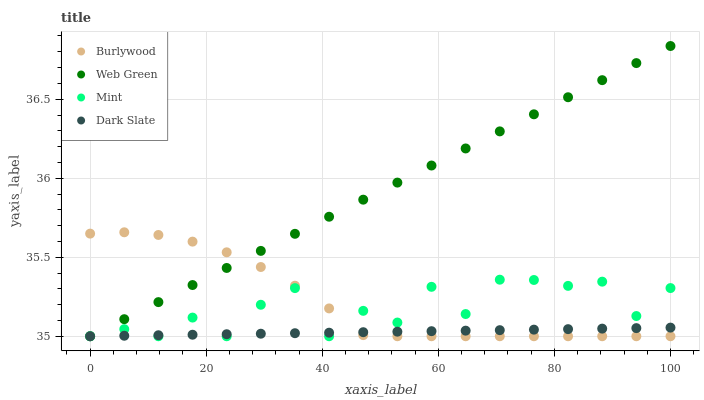
| xaxis_label | Burlywood | Web Green | Mint | Dark Slate |
 | --- | --- | --- | --- | --- |
 | 0 | 35.6 | 35 | 35 | 35 |
 | 5.88 | 35.7 | 35.1 | 35 | 35 |
 | 11.8 | 35.6 | 35.2 | 35 | 35 |
 | 17.6 | 35.6 | 35.3 | 35.1 | 35 |
 | 23.5 | 35.5 | 35.4 | 35 | 35 |
 | 29.4 | 35.4 | 35.5 | 35.2 | 35 |
 | 35.3 | 35.3 | 35.6 | 35.3 | 35 |
 | 41.2 | 35.2 | 35.8 | 35 | 35 |
 | 47.1 | 35 | 35.9 | 35.2 | 35 |
 | 52.9 | 35 | 36 | 35.1 | 35 |
 | 58.8 | 35 | 36.1 | 35.3 | 35 |
 | 64.7 | 35 | 36.2 | 35.1 | 35 |
 | 70.6 | 35 | 36.3 | 35.4 | 35 |
 | 76.5 | 35 | 36.4 | 35.4 | 35 |
 | 82.4 | 35 | 36.5 | 35.3 | 35 |
 | 88.2 | 35 | 36.6 | 35.3 | 35 |
 | 94.1 | 35 | 36.7 | 35.1 | 35.1 |
 | 100 | 35 | 36.8 | 35.3 | 35.1 |